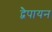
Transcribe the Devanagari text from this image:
द्वेैपायन